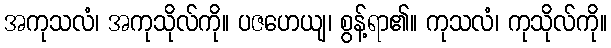
အကုသလံ၊ အကုသိုလ်ကို။ ပဇဟေယျ၊ စွန့်ရာ၏။ ကုသလံ၊ ကုသိုလ်ကို။